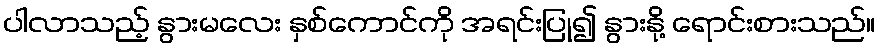
ပါလာသည့် နွားမလေး နှစ်ကောင်ကို အရင်းပြု၍ နွားနို့ ရောင်းစားသည်။